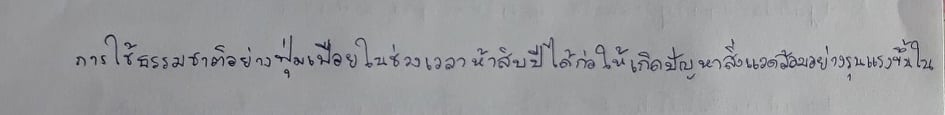
การใช้ธรรมชาติอย่างฟุ่มเฟือยในช่วงเวลาห้าสิบปีได้ก่อให้เกิดปัญหาสิ่งแวดล้อมอย่างรุนแรงขึ้นใน